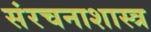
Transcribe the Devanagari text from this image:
संरचनाशास्त्र